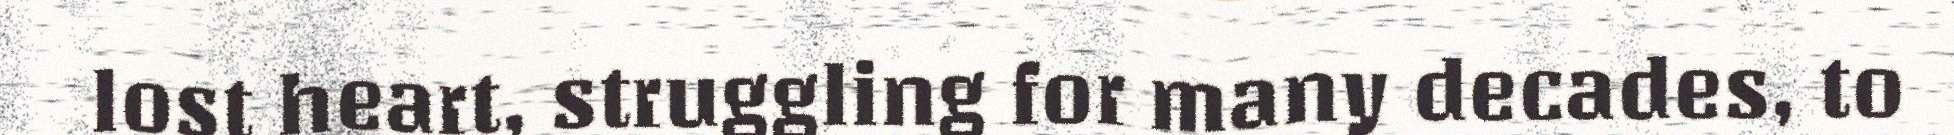
lost heart, struggling for many decades, to